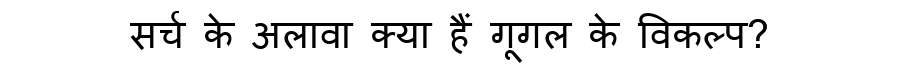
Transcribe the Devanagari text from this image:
सर्च के अलावा क्या हैं गूगल के विकल्प?